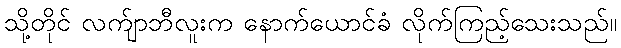
သို့တိုင် လက်ျာဘီလူးက နောက်ယောင်ခံ လိုက်ကြည့်သေးသည်။